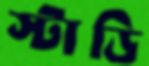
স্টাডি